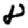
Digit: 8